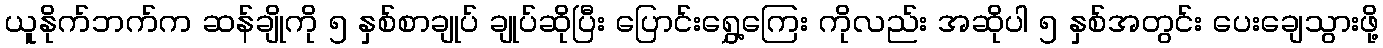
ယူနိုက်ဘက်က ဆန်ချိုကို ၅ နှစ်စာချုပ် ချုပ်ဆိုပြီး ပြောင်းရွှေ့ကြေး ကိုလည်း အဆိုပါ ၅ နှစ်အတွင်း ပေးချေသွားဖို့